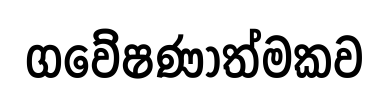
ගවේෂණාත්මකව